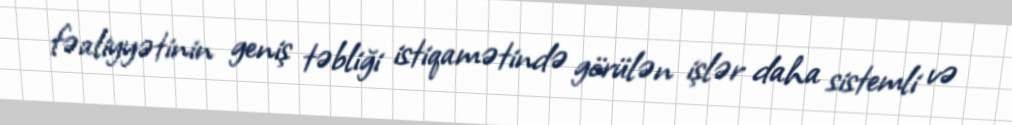
fəaliyyətinin geniş təbliği istiqamətində görülən işlər daha sistemli və